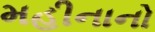
મહીનાનો